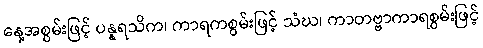
နေ့အစွမ်းဖြင့် ပန္နရသိက၊ ကာရကစွမ်းဖြင့် သံဃ၊ ကာတဗ္ဗာကာရစွမ်းဖြင့်